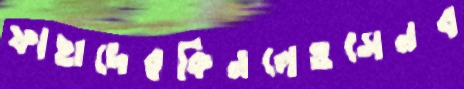
ফাহাদেরকিনলেওসেনব